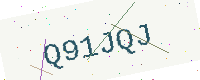
Text: Q91JQJ